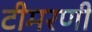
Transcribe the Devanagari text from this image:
टीमरणी